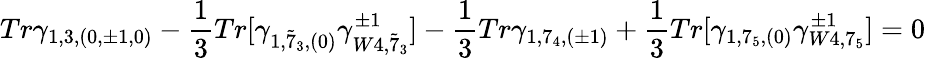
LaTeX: Tr\gamma_{1,3,(0,\pm 1,0)}-\frac{1}{3}Tr[\gamma_{1,{\tilde{7}}_{3},(0)}\gamma_{W4,{\tilde{7}}_{3}}^{\pm 1}]-\frac{1}{3}Tr\gamma_{1,7_{4},(\pm 1)}+\frac{1}{3}Tr[\gamma_{1,7_{5},(0)}\gamma_{W4,7_{5}}^{\pm 1}]=0